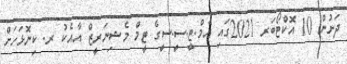
ދަށުން 10 އޮކްޓޯބަރ 2021ގައި އެމް.ޓީ.ސީ.ސީގެ ޓީމް މެޝިނަރީޒް އާއެކު ރ. ކިނޮޅަހަށް